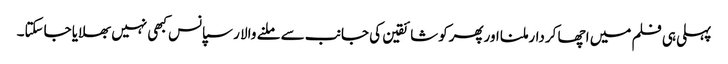
پہلی ہی فلم میں اچھا کردارملنا اورپھرکوشائقین کی جانب سے ملنے والا رسپانس کبھی نہیں بھلایا جاسکتا۔